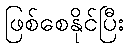
ဖြစ်စေနိုင်ပြီး